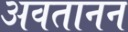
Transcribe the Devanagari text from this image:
अवतानन